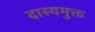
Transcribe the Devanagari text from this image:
दास्यमुक्त